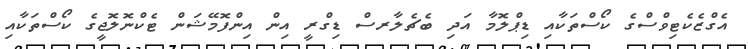
އެގްޒެކެޓިވްސްގެ ކޯސްތަކާއި ޑިޕްލޮމާ އަދި ބެޗެލާރސް ޑިގްރީ އިން އިންފޮމޭޝަން ޓެކްނޮލޮޖީގެ ކޯސްތަކާއި